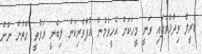
ޑެރީލް ވިދާޅުވެފައި ވަނީ މީހަކަށް އެހީވުމުން އުފާވެރިކަން ލިބެނީ ވަގުތީ ގޮތުން ނޫން